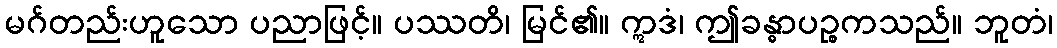
မဂ်တည်းဟူသော ပညာဖြင့်။ ပဿတိ၊ မြင်၏။ ဣဒံ၊ ဤခန္ဓာပဉ္စကသည်။ ဘူတံ၊